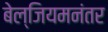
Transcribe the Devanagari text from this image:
बेल्जियमनंतर